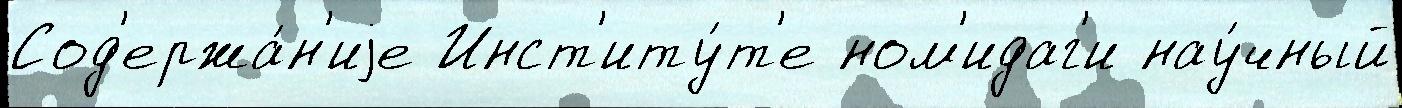
Сод'ержа́н'иjе Инст'иту́т'е ном'идаг'и нау́чный